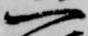
一